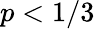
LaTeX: p<1/3